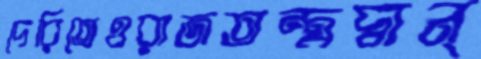
দেরিতেওরাজতন্ত্রদ্বান্